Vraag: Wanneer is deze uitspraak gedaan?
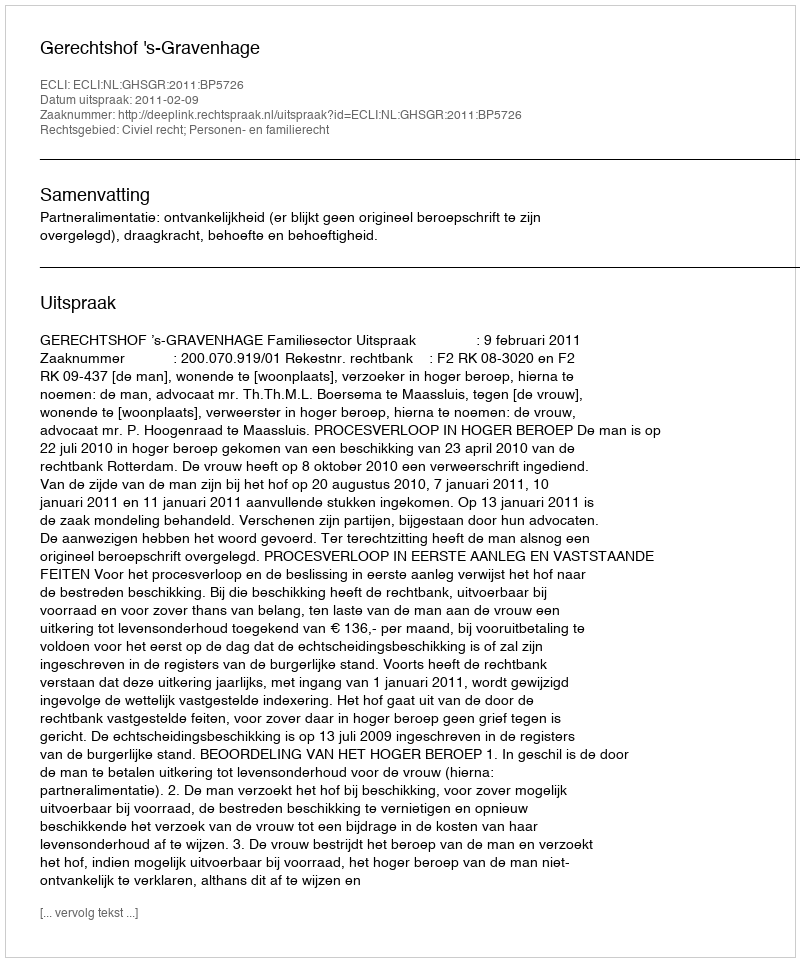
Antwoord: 2011-02-09